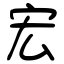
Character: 宏